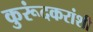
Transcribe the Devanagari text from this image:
कुरूंदकरांशी